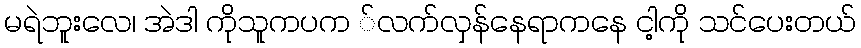
မရဲဘူးလေ၊ အဲဒါ ကိုသူကပက ်လက်လှန်နေရာကနေ ငါ့ကို သင်ပေးတယ်